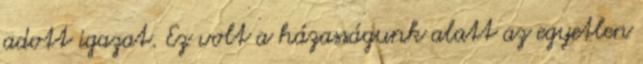
adott igazat. Ez volt a házasságunk alatt az egyetlen